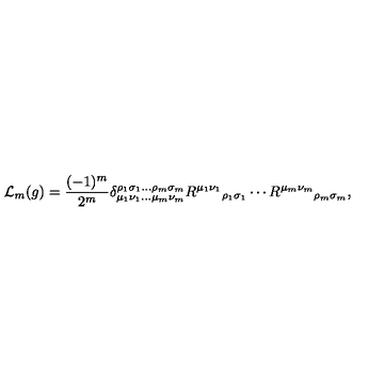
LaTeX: \mathcal { L } _ { m } ( g ) = \frac { ( - 1 ) ^ { m } } { 2 ^ { m } } \delta _ { \mu _ { 1 } \nu _ { 1 } \ldots \mu _ { m } \nu _ { m } } ^ { \rho _ { 1 } \sigma _ { 1 } \ldots \rho _ { m } \sigma _ { m } } { R ^ { \mu _ { 1 } \nu _ { 1 } } } _ { \rho _ { 1 } \sigma _ { 1 } } \cdots { R ^ { \mu _ { m } \nu _ { m } } } _ { \rho _ { m } \sigma _ { m } } ,